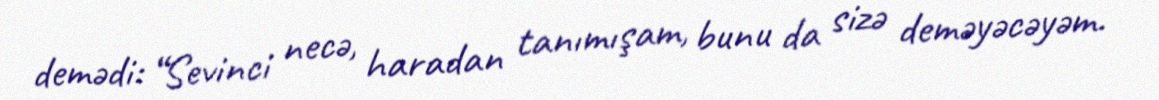
demədi: “Sevinci necə, haradan tanımışam, bunu da sizə deməyəcəyəm.